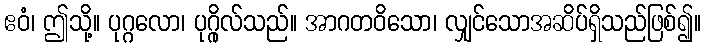
ဧဝံ၊ ဤသို့။ ပုဂ္ဂလော၊ ပုဂ္ဂိုလ်သည်။ အာဂတဝိသော၊ လျှင်သောအဆိပ်ရှိသည်ဖြစ်၍။